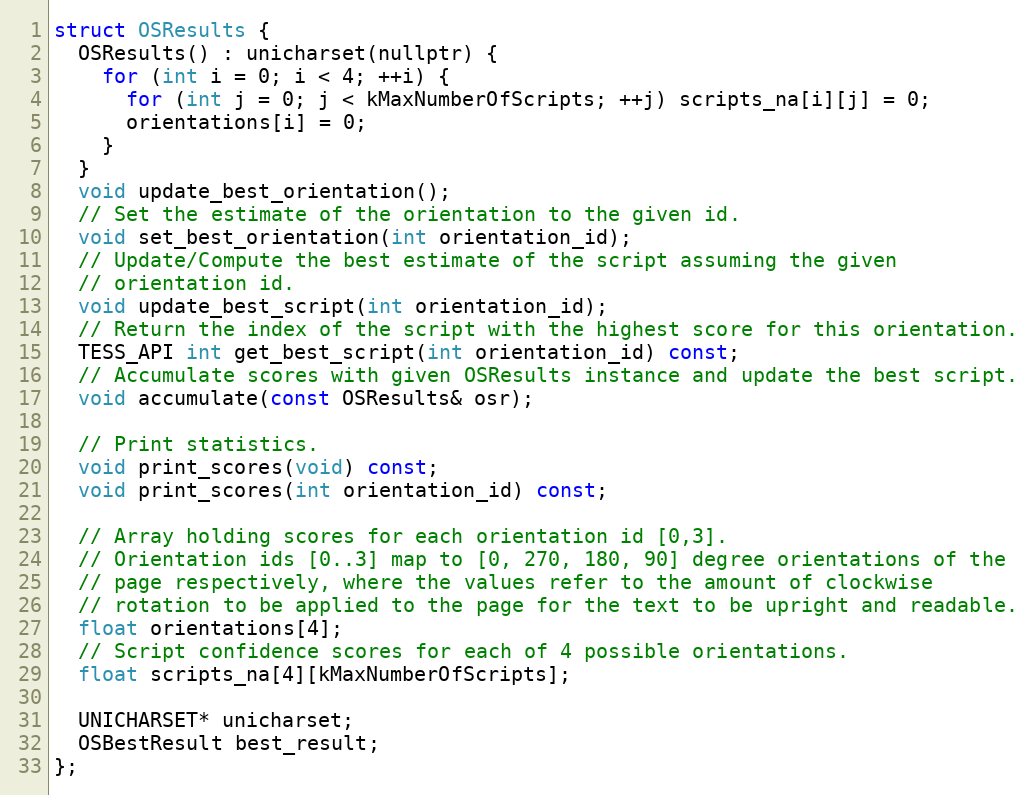
Language: C
struct OSResults {
  OSResults() : unicharset(nullptr) {
    for (int i = 0; i < 4; ++i) {
      for (int j = 0; j < kMaxNumberOfScripts; ++j) scripts_na[i][j] = 0;
      orientations[i] = 0;
    }
  }
  void update_best_orientation();
  // Set the estimate of the orientation to the given id.
  void set_best_orientation(int orientation_id);
  // Update/Compute the best estimate of the script assuming the given
  // orientation id.
  void update_best_script(int orientation_id);
  // Return the index of the script with the highest score for this orientation.
  TESS_API int get_best_script(int orientation_id) const;
  // Accumulate scores with given OSResults instance and update the best script.
  void accumulate(const OSResults& osr);

  // Print statistics.
  void print_scores(void) const;
  void print_scores(int orientation_id) const;

  // Array holding scores for each orientation id [0,3].
  // Orientation ids [0..3] map to [0, 270, 180, 90] degree orientations of the
  // page respectively, where the values refer to the amount of clockwise
  // rotation to be applied to the page for the text to be upright and readable.
  float orientations[4];
  // Script confidence scores for each of 4 possible orientations.
  float scripts_na[4][kMaxNumberOfScripts];

  UNICHARSET* unicharset;
  OSBestResult best_result;
};